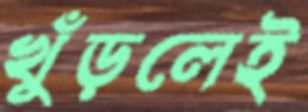
খুঁড়লেই